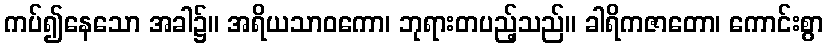
ကပ်၍နေသော အခါ၌။ အရိယသာဝကော၊ ဘုရားတပည့်သည်။ ခါရိကဇာတော၊ ကောင်းစွာ